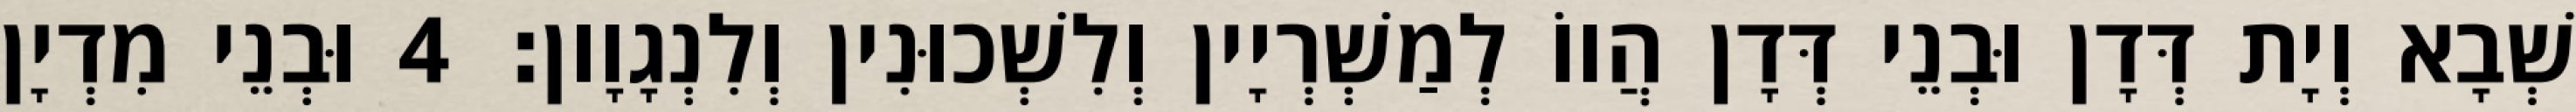
שְׁבָא וְיָת דְּדָן וּבְנֵי דְּדָן הֲווֹ לְמַשְׁרְיָין וְלִשְׁכוּנִין וְלִנְגָוָון׃ 4 וּבְנֵי מִדְיָן